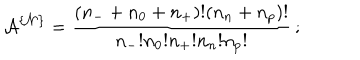
{ \cal A } ^ { \{ { \cal N } \} } = \frac { ( n _ { - } + n _ { 0 } + n _ { + } ) ! ( n _ { n } + n _ { p } ) ! } { n _ { - } ! n _ { 0 } ! n _ { + } ! n _ { n } ! n _ { p } ! } \, ;